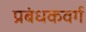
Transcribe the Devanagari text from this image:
प्रबंधकवर्ग